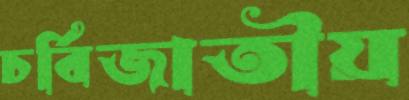
চর্বিজাতীয়